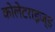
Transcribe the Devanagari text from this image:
कोलेटराइज्ड